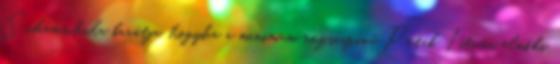
Schamschula barátja, hogyha a minimum rózsaszínű Peták István elnöki